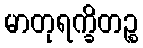
မာတုရက္ခိတဉ္စ